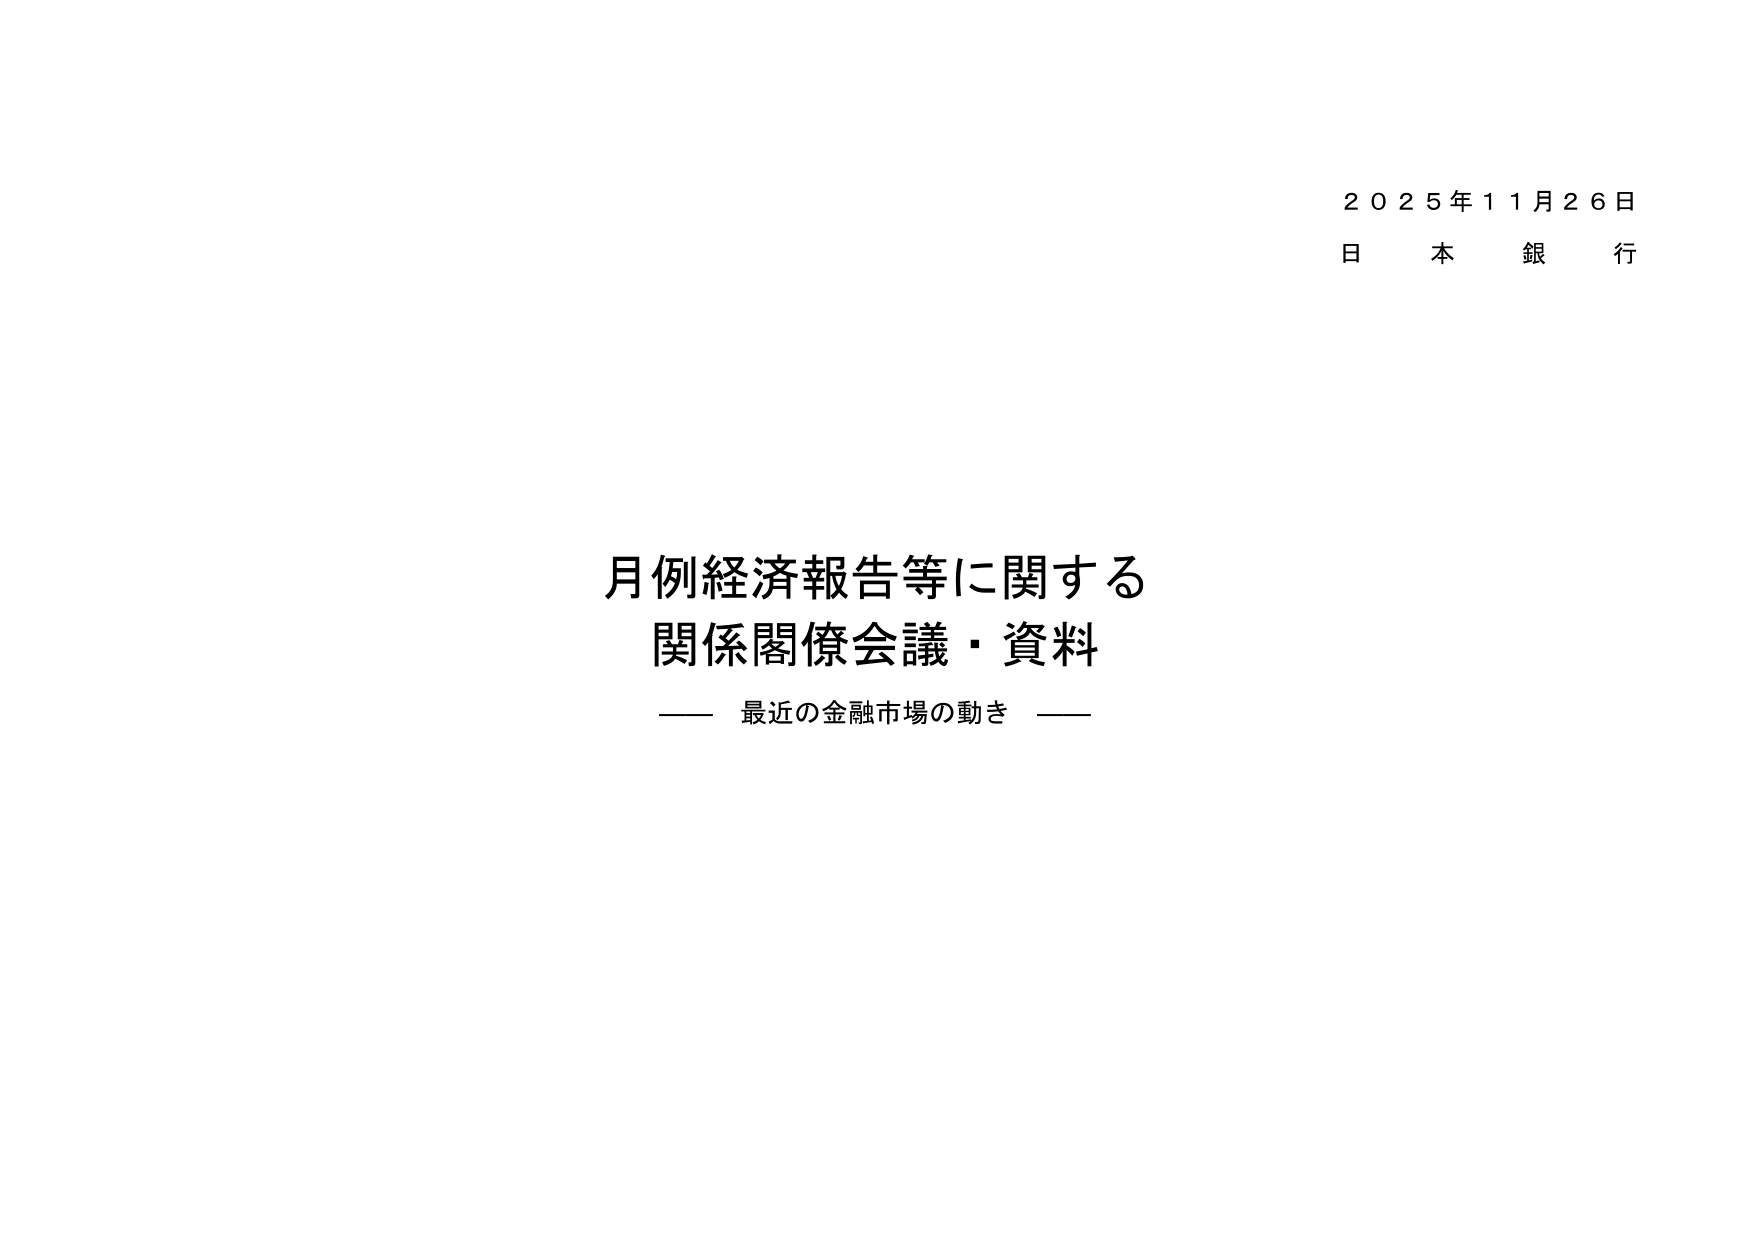
2025年11月26日
日本銀行

月例経済報告等に関する
関係閣僚会議・資料
—— 最近の金融市場の動き ——